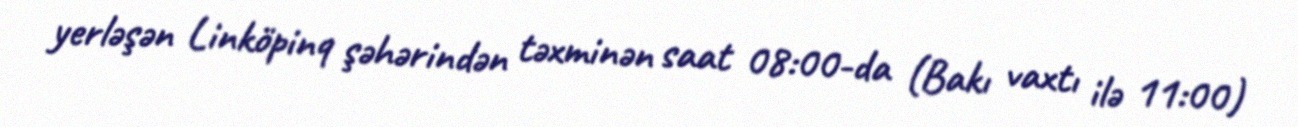
yerləşən Linköpinq şəhərindən təxminən saat 08:00-da (Bakı vaxtı ilə 11:00)